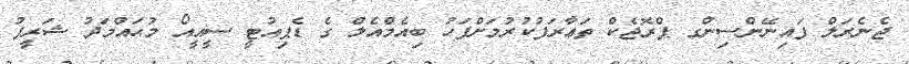
ޖެނެރަލް ފައިނޭންސިންގ ޕްރޮޖެކް ތަޢާރަފުކުރުމަށްފަހު ބިއެމްއެލް ގެ ޑެޕިއުޓީ ސީއީއޯ މުޙައްމަދު ޝަރީފު